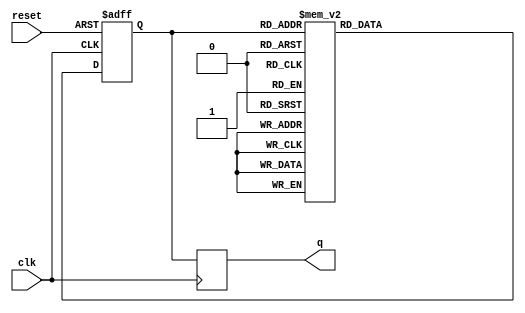
module gray_code_ring_counter(
    input wire clk,
    input wire reset,
    output reg[3:0] q
);

reg[3:0] d;

always @(posedge clk or posedge reset) begin
    if (reset) begin
        d <= 4'b0001; // Initial state
    end else begin
        case(d)
            4'b0001: d <= 4'b0011;
            4'b0011: d <= 4'b0010;
            4'b0010: d <= 4'b0110;
            4'b0110: d <= 4'b0111;
            4'b0111: d <= 4'b0101;
            4'b0101: d <= 4'b0100;
            4'b0100: d <= 4'b1100;
            4'b1100: d <= 4'b1101;
            4'b1101: d <= 4'b1111;
            4'b1111: d <= 4'b1011;
            4'b1011: d <= 4'b1010;
            4'b1010: d <= 4'b1000;
            4'b1000: d <= 4'b0000;
            default: d <= 4'b0000;
        endcase
    end
end

always @(posedge clk) begin
    q <= d;
end

endmodule